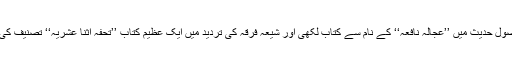
اصول حدیث میں ’’عجالہ نافعہ‘‘ کے نام سے کتاب لکھی اور شیعہ فرقہ کی تردید میں ایک عظیم کتاب ’’تحفہ اثنا عشریہ‘‘ تصنیف کی ۔